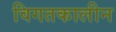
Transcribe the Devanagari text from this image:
विगतकालीन